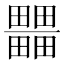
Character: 𤳹